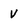
Character: v